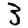
Digit: 3